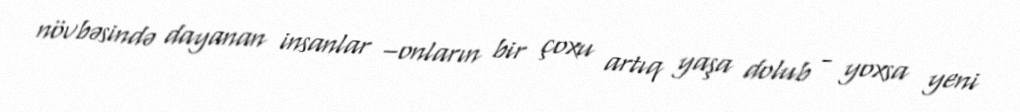
növbəsində dayanan insanlar –onların bir çoxu artıq yaşa dolub - yoxsa yeni